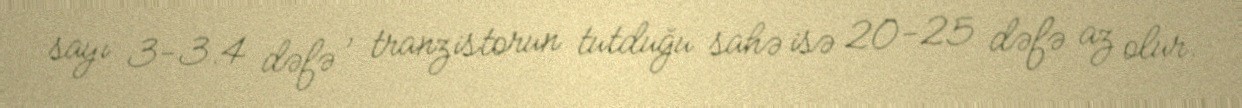
sayı 3-3.4 dəfə , tranzistorun tutduğu sahə isə 20-25 dəfə az olur.